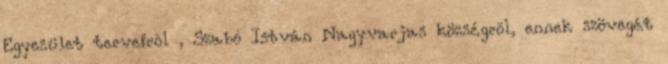
Egyesület terveirõl , Szabó István Nagyvarjas községrõl, ennek szövegét